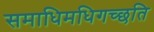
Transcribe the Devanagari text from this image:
समाधिमधिगच्छति